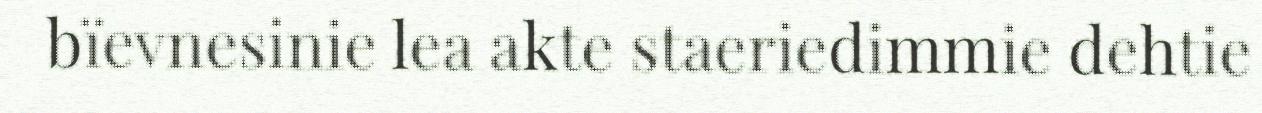
bïevnesinie lea akte staeriedimmie dehtie